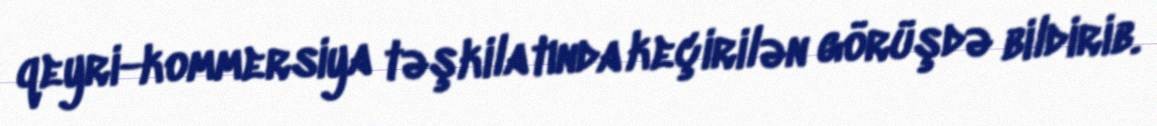
qeyri-kommersiya təşkilatında keçirilən görüşdə bildirib.